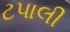
ટપાલી